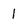
Character: 1